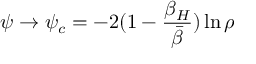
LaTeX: \psi \rightarrow \psi _ { c } = - 2 ( 1 - { \frac { \beta _ { H } } { \bar { \beta } } } ) \ln \rho